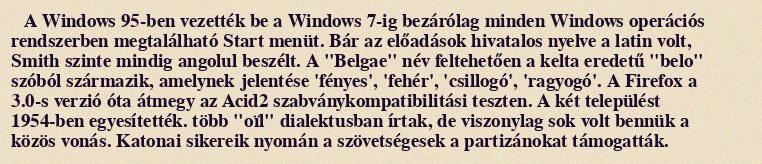
A Windows 95-ben vezették be a Windows 7-ig bezárólag minden Windows operációs rendszerben megtalálható Start menüt. Bár az előadások hivatalos nyelve a latin volt, Smith szinte mindig angolul beszélt. A "Belgae" név feltehetően a kelta eredetű "belo" szóból származik, amelynek jelentése 'fényes', 'fehér', 'csillogó', 'ragyogó'. A Firefox a 3.0-s verzió óta átmegy az Acid2 szabványkompatibilitási teszten. A két települést 1954-ben egyesítették. több "oïl" dialektusban írtak, de viszonylag sok volt bennük a közös vonás. Katonai sikereik nyomán a szövetségesek a partizánokat támogatták.